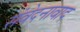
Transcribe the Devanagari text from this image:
संवेदनावाद